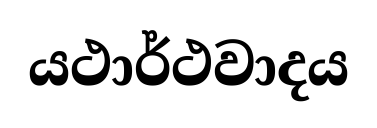
යථාර්ථවාදය